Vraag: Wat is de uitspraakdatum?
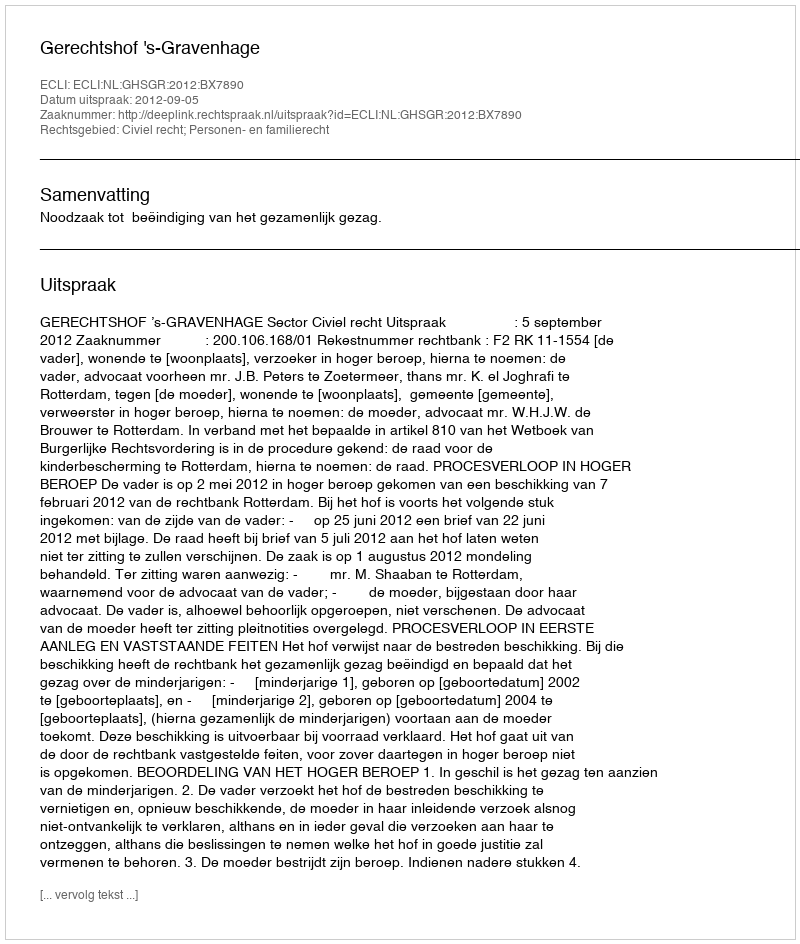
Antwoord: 2012-09-05